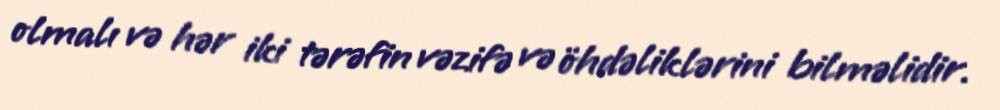
olmalı və hər iki tərəfin vəzifə və öhdəliklərini bilməlidir.